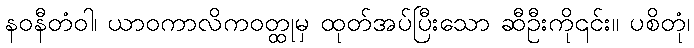
နဝနီတံဝါ၊ ယာဝကာလိကဝတ္ထုမှ ထုတ်အပ်ပြီးသော ဆီဦးကို၎င်း။ ပစိတုံ၊